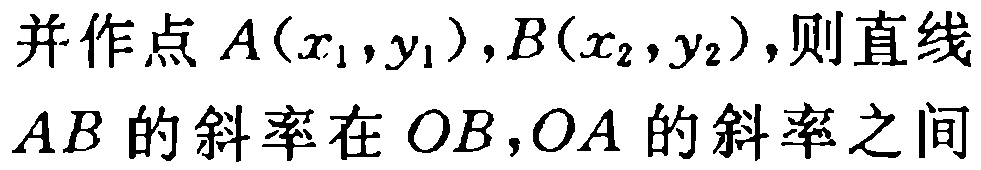
并作点 \(A(x_{1},y_{1}),B(x_{2},y_{2})\)，则直线 \(AB\) 的斜率在 \(OB,OA\) 的斜率之间